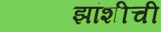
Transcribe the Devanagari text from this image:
झांशीची